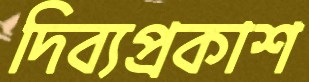
দিব্যপ্রকাশ